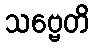
သဗ္ဗေတိ